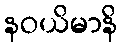
နဝယိမာနိ